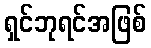
ရှင်ဘုရင်အဖြစ်